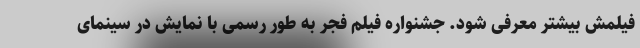
فیلمش بیشتر معرفی شود. جشنواره فیلم فجر به طور رسمی با نمایش در سینمای